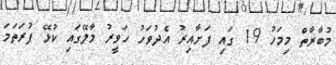
މުބާރާތް މިމަހު 19 ގައި ފަށާއިރު އެދުވަހު ހަވީރު މާލޭގައި ކުޅޭ ފުރަތަމަ